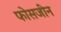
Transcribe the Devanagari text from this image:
फोसजीन